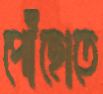
পৌঁছোতে